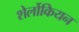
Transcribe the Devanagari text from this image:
शेर्लोकियन